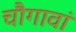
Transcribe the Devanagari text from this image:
चौगावां